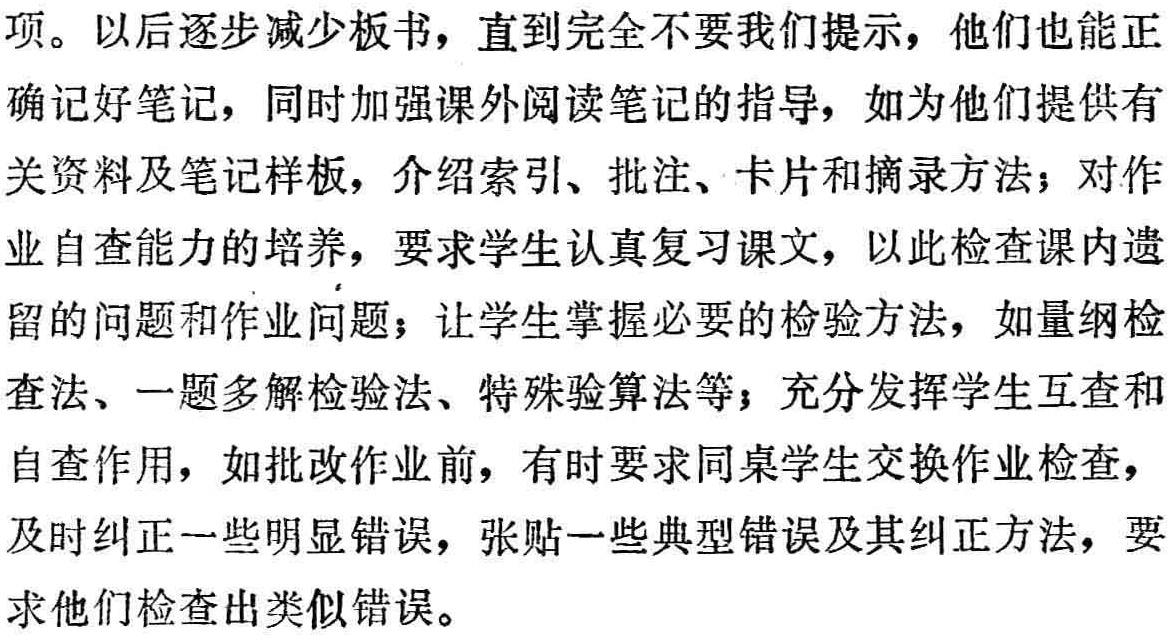
项。以后逐步减少板书，直到完全不要我们提示，他们也能正

确记好笔记，同时加强课外阅读笔记的指导，如为他们提供有

关资料及笔记样板，介绍索引、批注、卡片和摘录方法；对作

业自查能力的培养，要求学生认真复习课文，以此检查课内遗

留的问题和作业问题；让学生掌握必要的检验方法，如量纲检

查法、一题多解检验法、特殊验算法等；充分发挥学生互查和

自查作用，如批改作业前，有时要求同桌学生交换作业检查，

及时纠正一些明显错误，张贴一些典型错误及其纠正方法，要

求他们检查出类似错误。